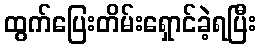
ထွက်ပြေးတိမ်းရှောင်ခဲ့ရပြီး